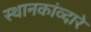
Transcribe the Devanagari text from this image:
स्थानकांव्दारे